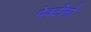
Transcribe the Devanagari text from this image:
पेक्टीनो